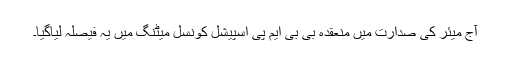
آج میئر کی صدارت میں منعقدہ بی بی ایم پی اسپیشل کونسل میٹنگ میں یہ فیصلہ لیاگیا۔